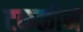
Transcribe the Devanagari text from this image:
टकळीने